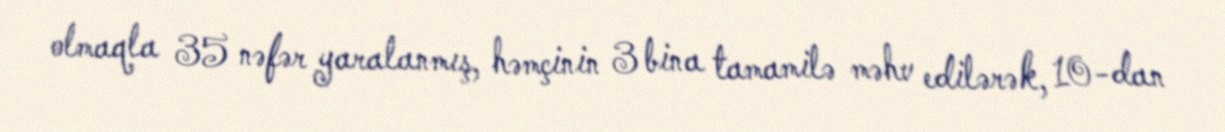
olmaqla 35 nəfər yaralanmış, həmçinin 3 bina tamamilə məhv edilərək, 10-dan